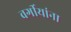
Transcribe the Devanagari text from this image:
वर्गीयांना